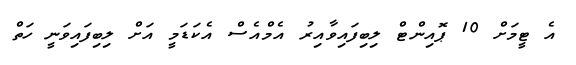
އެ ޓީމަށް 10 ޕޮއިންޓް ލިބިފައިވާއިރު އެމްއެސް އެކަޑަމީ އަށް ލިބިފައިވަނީ ހަތް